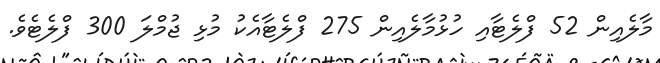
މާލެއިން 52 ފްލެޓާއި ހުޅުމާލެއިން 275 ފްލެޓާއެކު މުޅި ޖުމްލަ 300 ފްލެޓެވެ.